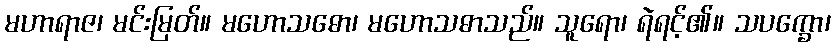
မဟာရာဇ၊ မင်းမြတ်။ မဟောသဓော၊ မဟောသဓာသည်။ သူရော၊ ရဲရင့်၏။ သပက္ခော၊